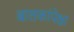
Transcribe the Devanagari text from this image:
बालकांपेक्षा